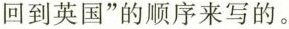
回到英国”的顺序来写的。